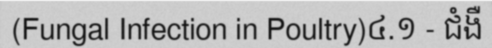
(Fungal Infection in Poultry)៤.១ - ជំងឺ